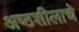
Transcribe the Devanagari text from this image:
अष्ठशीलाचे